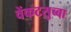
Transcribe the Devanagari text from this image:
वेंकटसुब्बा